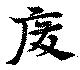
廢